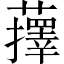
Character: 蘀